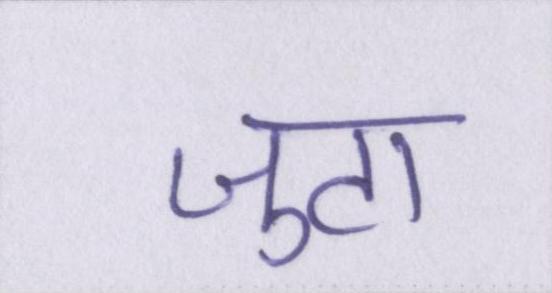
जुटा